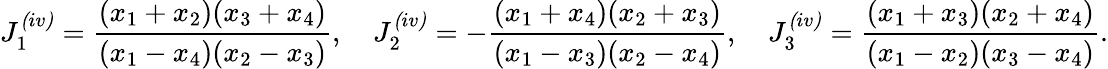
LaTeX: J_{1}^{\mathrm{\textit{(iv)}}}=\frac{(x_{1}+x_{2})(x_{3}+x_{4})}{(x_{1}-x_{4})(x_{2}-x_{3})},\quad J_{2}^{\mathrm{\textit{(iv)}}}=-\frac{(x_{1}+x_{4})(x_{2}+x_{3})}{(x_{1}-x_{3})(x_{2}-x_{4})},\quad J_{3}^{\mathrm{\textit{(iv)}}}=\frac{(x_{1}+x_{3})(x_{2}+x_{4})}{(x_{1}-x_{2})(x_{3}-x_{4})}.